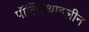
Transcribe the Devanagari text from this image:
पॉलिइथाइलीन